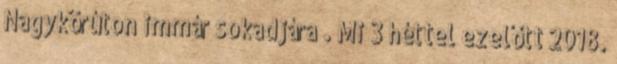
Nagykörúton immár sokadjára . Mi 3 héttel ezelőtt 2018.